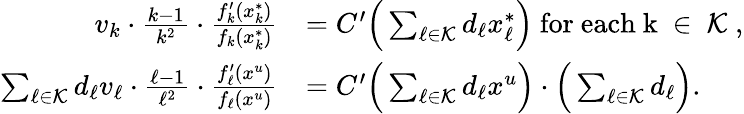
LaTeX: \begin{array}{rl}{v_{k}\cdot\frac{k-1}{k^{2}}\cdot\frac{f_{k}^{\prime}(x_{k}^{*})}{f_{k}(x_{k}^{*})}}&{=C^{\prime}\Big(\sum_{\ell\in\mathcal{K}}d_{\ell}x_{\ell}^{*}\Big)\mathrm{~for~each~k~\in~\mathcal{K}~,}}\\ {\sum_{\ell\in\mathcal{K}}d_{\ell}v_{\ell}\cdot\frac{\ell-1}{\ell^{2}}\cdot\frac{f_{\ell}^{\prime}(x^{u})}{f_{\ell}(x^{u})}}&{=C^{\prime}\Big(\sum_{\ell\in\mathcal{K}}d_{\ell}x^{u}\Big)\cdot\Big(\sum_{\ell\in\mathcal{K}}d_{\ell}\Big).}\end{array}